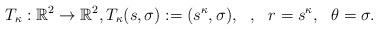
LaTeX: \begin{align*}T_{\kappa}: {\mathbb R}^2 \rightarrow {\mathbb R}^2, T_{\kappa} (s, \sigma) := (s^{\kappa}, \sigma), \ \ , \ \ r = s^{\kappa}, \ \ \theta = \sigma.\end{align*}